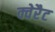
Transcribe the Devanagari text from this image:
क्वेरैट